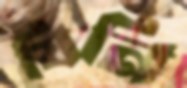
যিনি